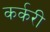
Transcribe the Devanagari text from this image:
कर्करी